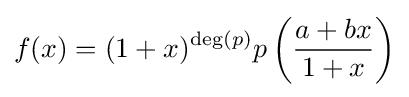
f(x)=(1+x)^{\deg(p)}p\left({\frac {a+bx}{1+x}}\right)